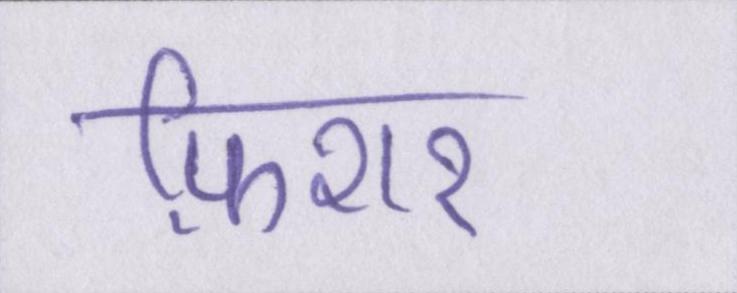
फ़िशर